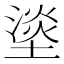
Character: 𰊣